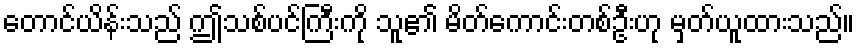
တောင်ယိန်းသည် ဤသစ်ပင်ကြီးကို သူ၏ မိတ်ကောင်းတစ်ဦးဟု မှတ်ယူထားသည်။